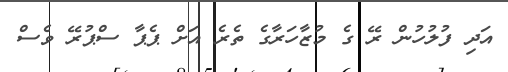
އަދި ފުލުހުން ރޭ ގެ މުޒާހަރާގެ ތެރެ އަށް ޕެޕާ ސްޕުރޭ ވެސް